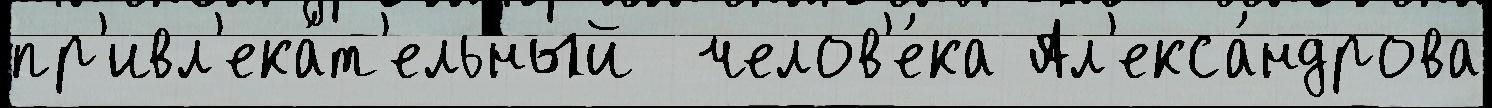
пр'ивл'ека́т'ельный  челов'е́ка Ал'екса́ндрова